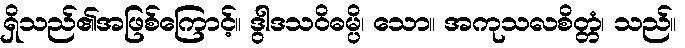
ရှိသည်၏အဖြစ်ကြောင့်။ ဒွါဒသဝိဓမ္ပိ၊ သော။ အကုသလစိတ္တံ၊ သည်။